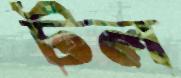
টল